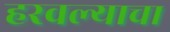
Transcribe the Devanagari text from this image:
हरवल्याचा